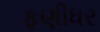
ફણીધર